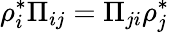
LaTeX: \rho_{i}^{*}\Pi_{ij}=\Pi_{ji}\rho_{j}^{*}